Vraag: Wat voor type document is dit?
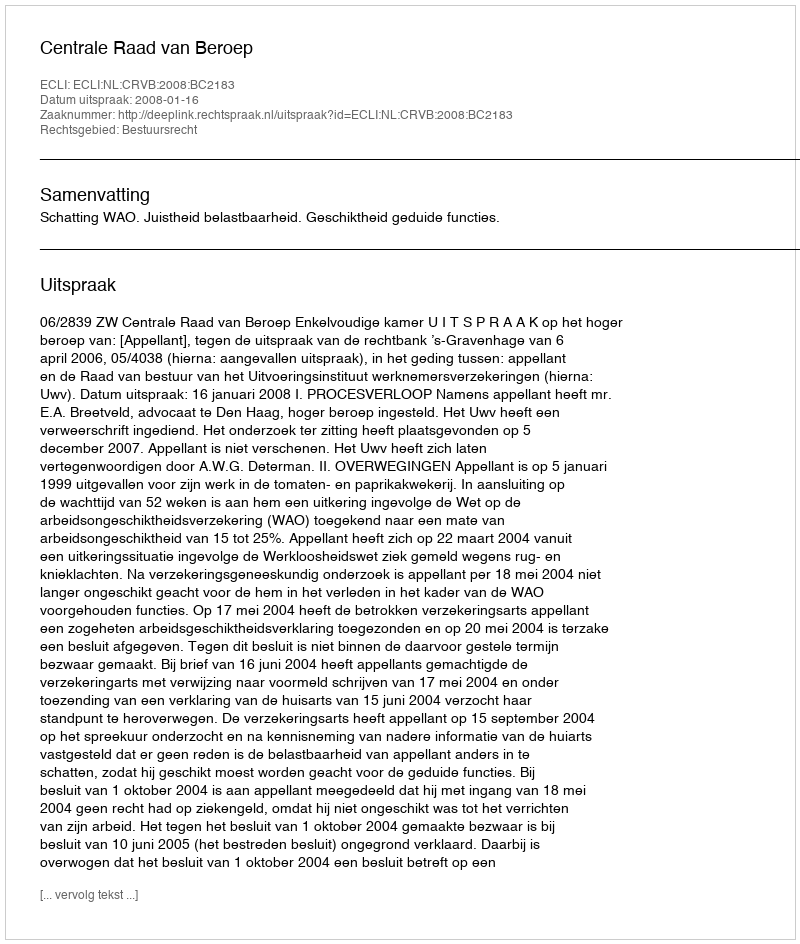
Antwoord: Uitspraak